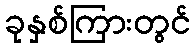
ခုနှစ်ကြားတွင်